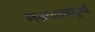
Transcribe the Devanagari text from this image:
मअहत्वपूर्ण